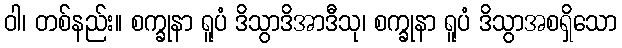
ဝါ၊ တစ်နည်း။ စက္ခုနာ ရူပံ ဒိသွာဒိအာဒီသု၊ စက္ခုနာ ရူပံ ဒိသွာအစရှိသော